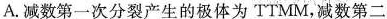
A.减数第一次分裂产生的极体为TTMM，减数第二